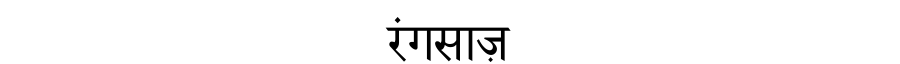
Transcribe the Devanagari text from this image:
रंगसाज़